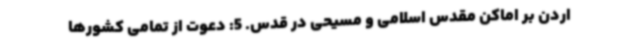
اردن بر اماکن مقدس اسلامی و مسیحی در قدس. 5: دعوت از تمامی کشورها